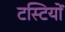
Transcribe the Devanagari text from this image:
टस्टियों